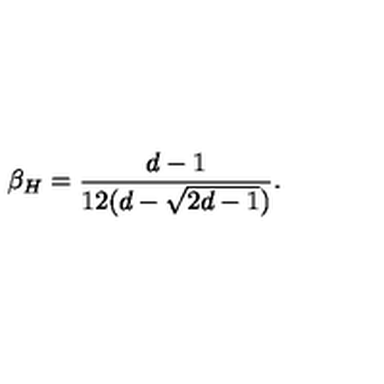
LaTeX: \beta _ { H } = { \frac { d - 1 } { 1 2 ( d - \sqrt { 2 d - 1 } ) } } .